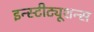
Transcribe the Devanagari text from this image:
इन्स्टीट्यूशन्स